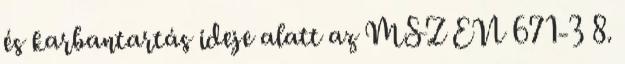
és karbantartás ideje alatt az MSZ EN 671-3 8.